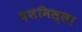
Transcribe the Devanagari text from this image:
दशमिल्ला